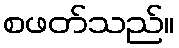
စဖတ်သည်။